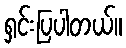
ရှင်းပြပါတယ်။